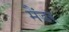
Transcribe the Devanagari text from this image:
मैंडर